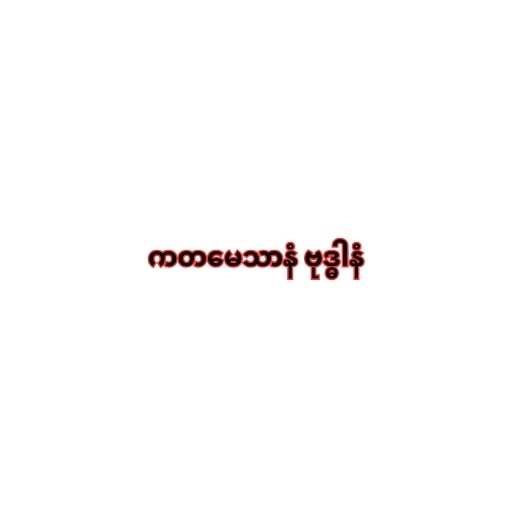
ကတမေသာနံ ဗုဒ္ဓါနံ